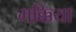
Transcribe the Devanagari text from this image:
मक्किया